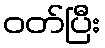
ဝတ်ပြီး